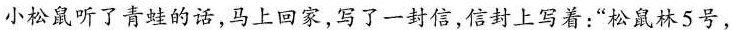
小松鼠听了青蛙的话，马上回家，写了一封信，信封上写着：”松鼠林5号，